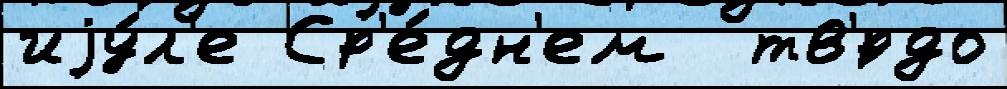
иjу́л'е Ср'е́дн'ем  тв'́рдо